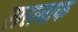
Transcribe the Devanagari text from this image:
सरावाक